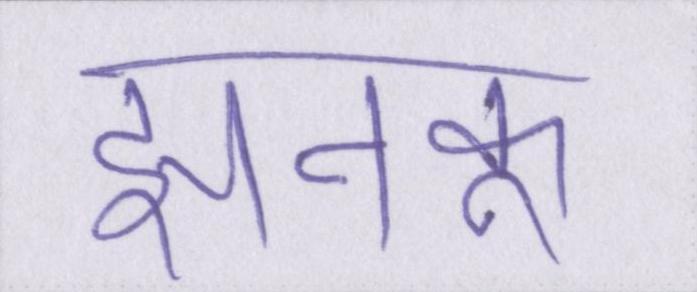
झनकू